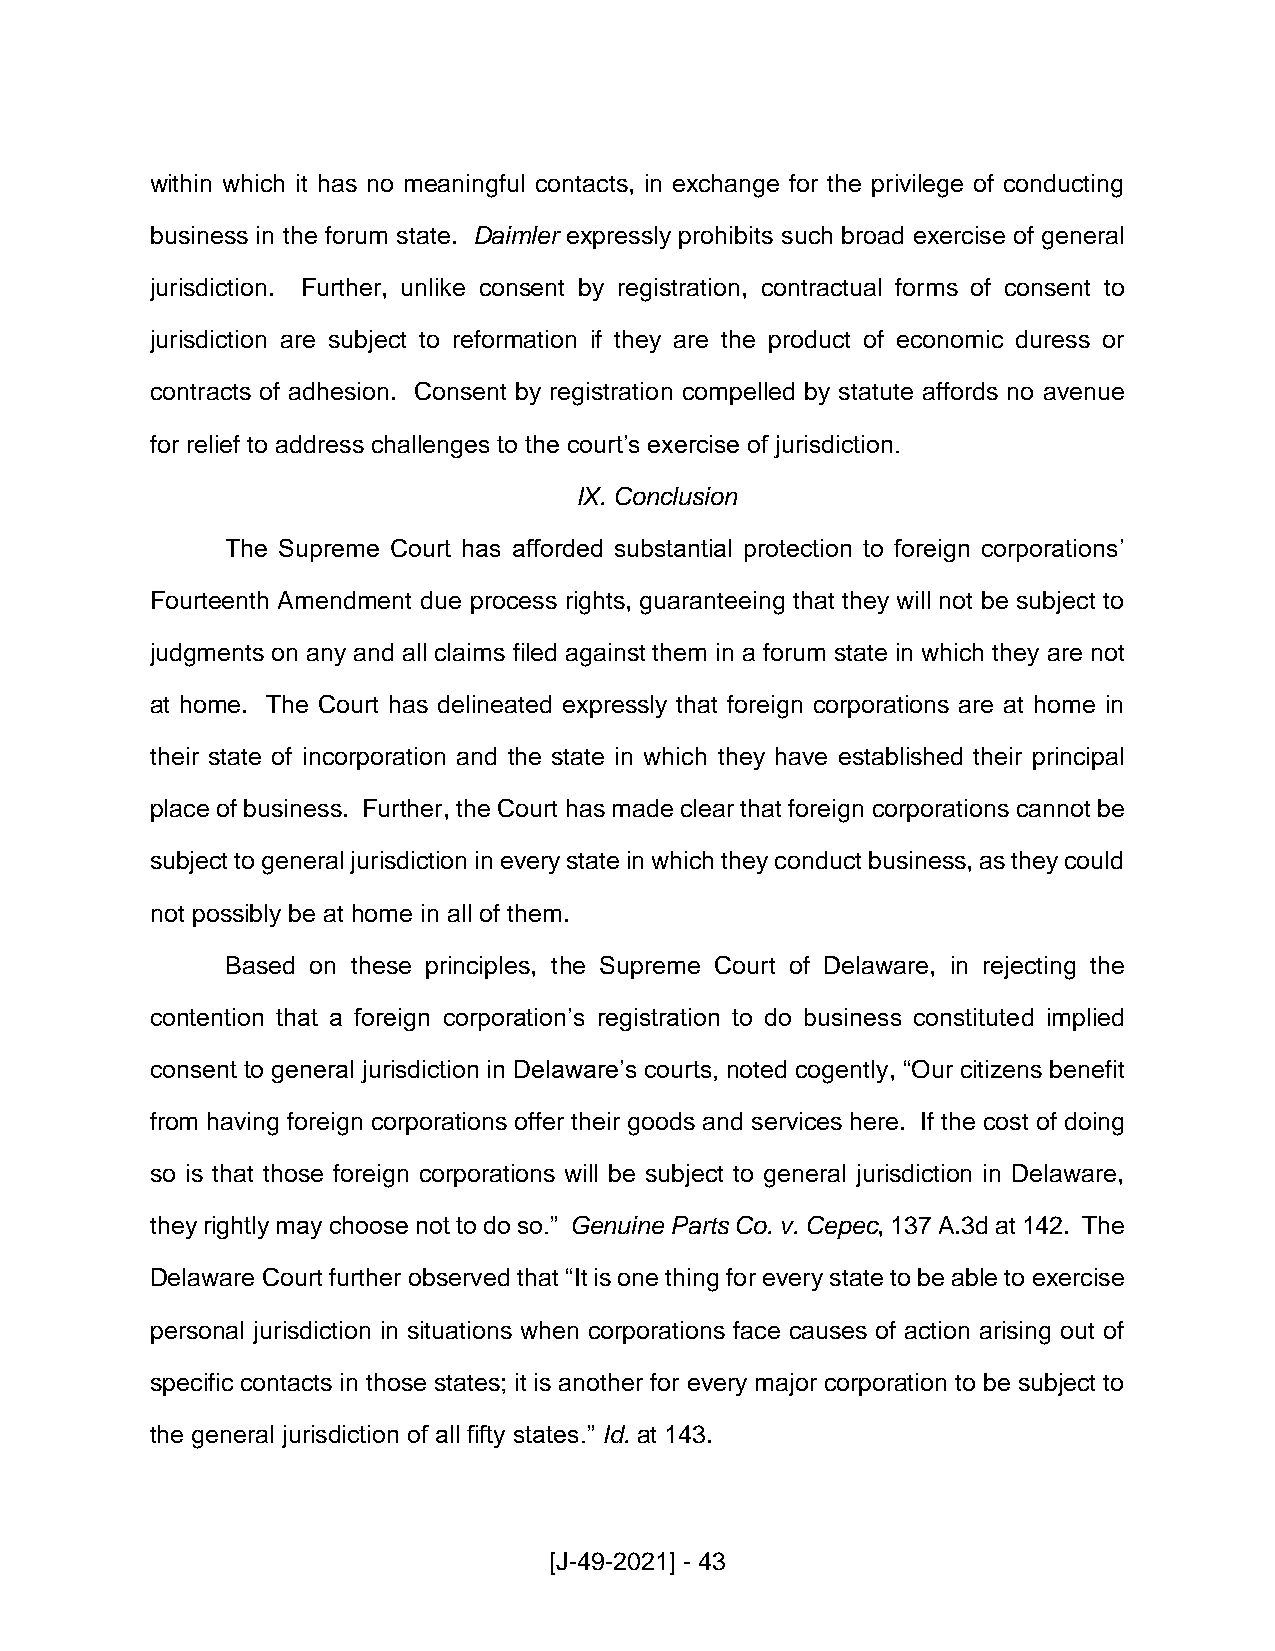
within which it has no meaningful contacts, in exchange for the privilege of conducting
 business in the forum state. Daimler expressly prohibits such broad exercise of general
 jurisdiction. Further, unlike consent by registration, contractual forms of consent to
 jurisdiction are subject to reformation if they are the product of economic duress or
 contracts of adhesion. Consent by registration compelled by statute affords no avenue
 for relief to address challenges to the court’s exercise of jurisdiction.
 IX. Conclusion
 The Supreme Court has afforded substantial protection to foreign corporations’
 Fourteenth Amendment due process rights, guaranteeing that they will not be subject to
 judgments on any and all claims filed against them in a forum state in which they are not
 at home. The Court has delineated expressly that foreign corporations are at home in
 their state of incorporation and the state in which they have established their principal
 place of business. Further, the Court has made clear that foreign corporations cannot be
 subject to general jurisdiction in every state in which they conduct business, as they could
 not possibly be at home in all of them.
 Based on these principles, the Supreme Court of Delaware, in rejecting the
 contention that a foreign corporation’s registration to do business constituted implied
 consent to general jurisdiction in Delaware’s courts, noted cogently, “Our citizens benefit
 from having foreign corporations offer their goods and services here. If the cost of doing
 so is that those foreign corporations will be subject to general jurisdiction in Delaware,
 they rightly may choose not to do so.” Genuine Parts Co. v. Cepec, 137 A.3d at 142. The
 Delaware Court further observed that “It is one thing for every state to be able to exercise
 personal jurisdiction in situations when corporations face causes of action arising out of
 specific contacts in those states; it is another for every major corporation to be subject to
 the general jurisdiction of all fifty states.” Id. at 143.
 [J-49-2021] - 43